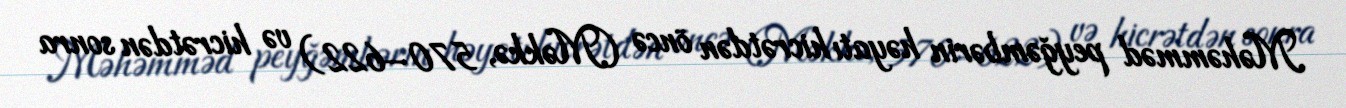
Məhəmməd peyğəmbərin həyatı hicrətdən öncə (Məkkə, 570–622) və hicrətdən sonra